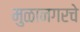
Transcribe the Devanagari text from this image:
मुळानगरचे